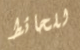
للحائط